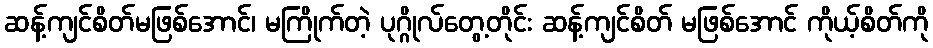
ဆန့်ကျင်စိတ်မဖြစ်အောင်၊ မကြိုက်တဲ့ ပုဂ္ဂိုလ်တွေ့တိုင်း ဆန့်ကျင်စိတ် မဖြစ်အောင် ကိုယ့်စိတ်ကို